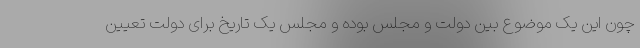
چون این یک موضوع بین دولت و مجلس بوده و مجلس یک تاریخ برای دولت تعیین